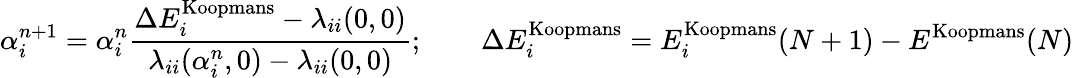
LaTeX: \alpha_{i}^{n+1}=\alpha_{i}^{n}\frac{\Delta E_{i}^{\mathrm{Koopmans}}-\lambda_{ii}(0,0)}{\lambda_{ii}(\alpha_{i}^{n},0)-\lambda_{ii}(0,0)};\qquad\Delta E_{i}^{\mathrm{Koopmans}}=E_{i}^{\mathrm{Koopmans}}(N+1)-E^{\mathrm{Koopmans}}(N)